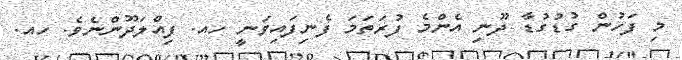
މި ފަހުން ގުޑުގުޑާ ދޫނި އެންމެ ފުރަތަމަ ފެނިފައިވަނީ ހއ. ފިއްލަދޫންނެވެ. ހއ.